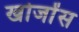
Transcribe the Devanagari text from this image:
खोजोंस